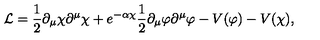
{ \cal L } = \frac { 1 } { 2 } \partial _ { \mu } \chi \partial ^ { \mu } \chi + e ^ { - \alpha \chi } \frac { 1 } { 2 } \partial _ { \mu } \varphi \partial ^ { \mu } \varphi - V ( \varphi ) - V ( \chi ) ,